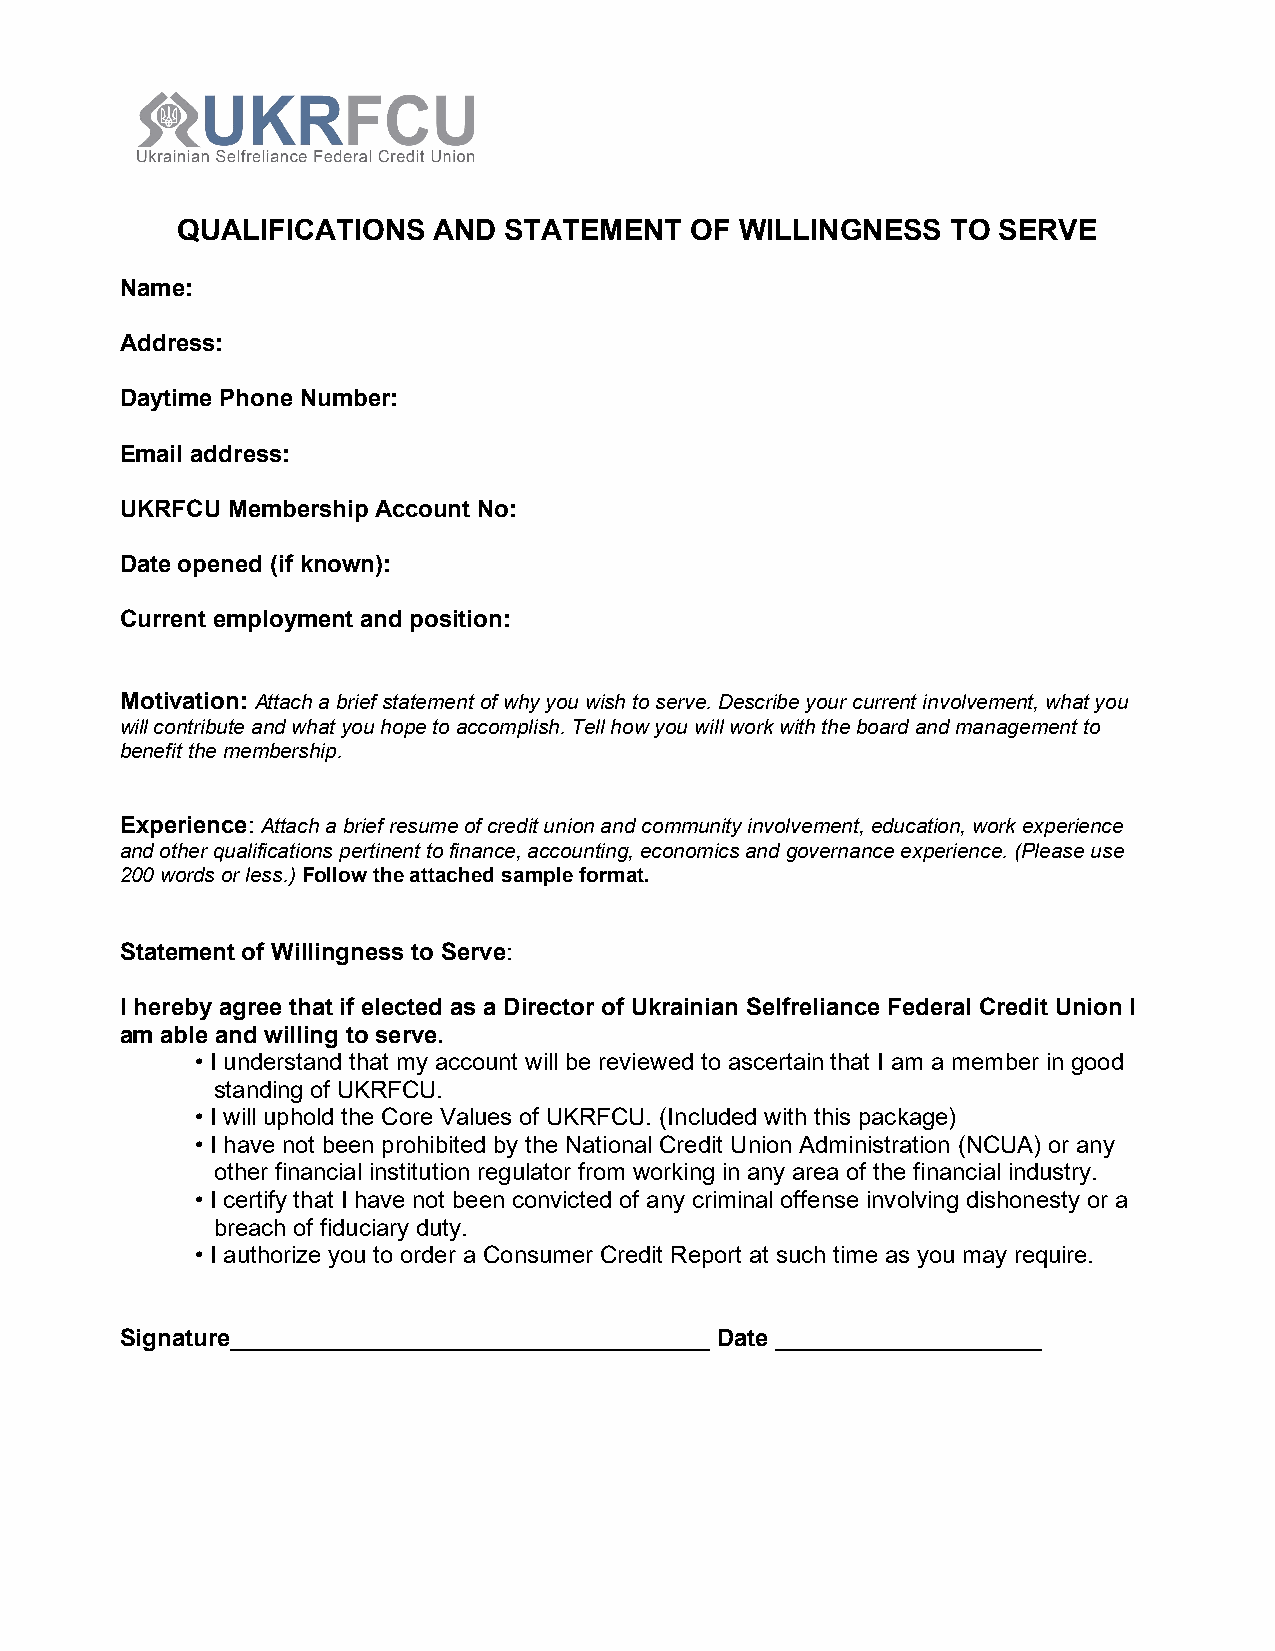
QUALIFICATIONS   AND STATEMENT    OF WILLINGNESS   TO SERVE
 Name:
 Address:
 Daytime Phone Number:
 Email address:
 UKRFCU Membership Account No:
 Date opened (if known):
 Current employment and position:
 Motivation: Attach a brief statement of why you wish to serve. Describe your current involvement, what you
 will contribute and what you hope to accomplish. Tell how you will work with the board and management to
 benefit the membership.
 Experience: Attach a brief resume of credit union and community involvement, education, work experience
 and other qualifications pertinent to finance, accounting, economics and governance experience. (Please use
 200 words or less.) Follow the attached sample format.
 Statement of Willingness to Serve:
 I hereby agree that if elected as a Director of Ukrainian Selfreliance Federal Credit Union I
 am able and willing to serve.
 • I understand that my account will be reviewed to ascertain that I am a member in good
 standing of UKRFCU.
 • I will uphold the Core Values of UKRFCU. (Included with this package)
 • I have not been prohibited by the National Credit Union Administration (NCUA) or any
 other financial institution regulator from working in any area of the financial industry.
 • I certify that I have not been convicted of any criminal offense involving dishonesty or a
 breach of fiduciary duty.
 • I authorize you to order a Consumer Credit Report at such time as you may require.
 Signature____________________________________ Date ____________________